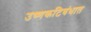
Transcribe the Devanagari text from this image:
उष्णकटिबंधात